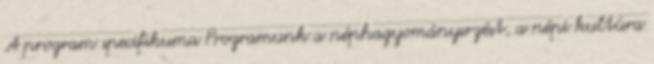
A program specifikuma Programunk a néphagyományırzést, a népi kultúra